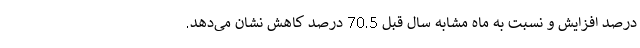
درصد افزایش و نسبت به ماه مشابه سال قبل 70.5 درصد کاهش نشان می‌دهد.